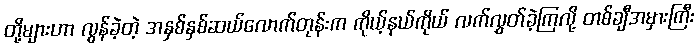
တို့များဟာ လွန်ခဲ့တဲ့ အနှစ်နှစ်ဆယ်လောက်တုန်းက ကိုယ့်နယ်ကိုယ် လက်လွှတ်ခဲ့ကြလို့ တစ်ချီအမှားကြီး